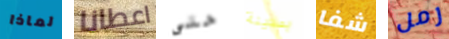
لماذا اعطانا حتى بمدينة شفا رمل